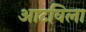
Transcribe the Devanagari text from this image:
आटविला